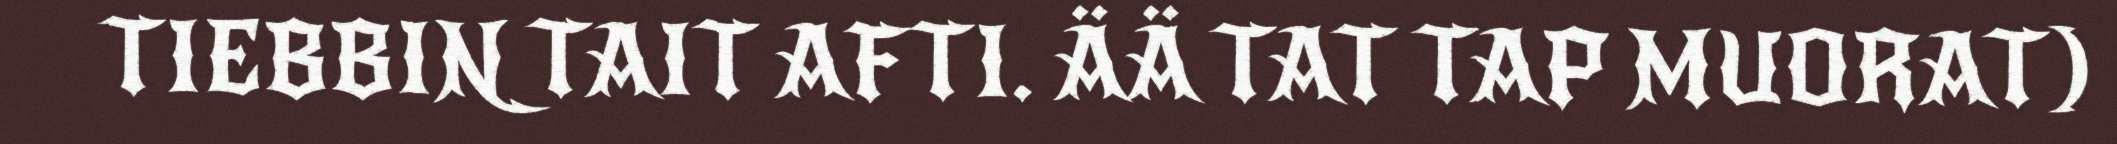
TIEBBIN TAIT AFTI. ÄÄ TAT TAP MUORAT)